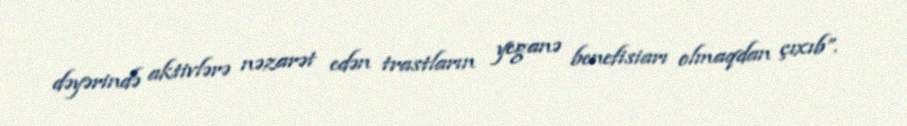
dəyərində aktivlərə nəzarət edən trastların yeganə benefisiarı olmaqdan çıxıb”.